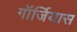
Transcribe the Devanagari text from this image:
गॉर्जियास